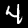
Label: 4